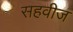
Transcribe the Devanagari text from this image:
सहवीज